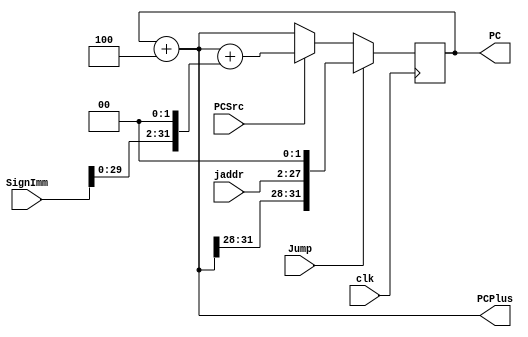
module pc(
	input clk,
	input PCSrc,
	input [31:0] SignImm,
	input [25:0] jaddr,
	input Jump,

	output reg [31:0] PC,
	output [31:0] PCPlus
);

wire [31:0] PCj, PCb;

assign PCPlus = PC + 4;
assign PCj = Jump ? {PCPlus[31:28], jaddr, 2'b0} : PCb;
assign PCb = PCSrc ? PCPlus + (SignImm << 2) : PCPlus;


always @(posedge clk)
begin
	PC <= PCj;
end

initial
    PC = 0;


endmodule